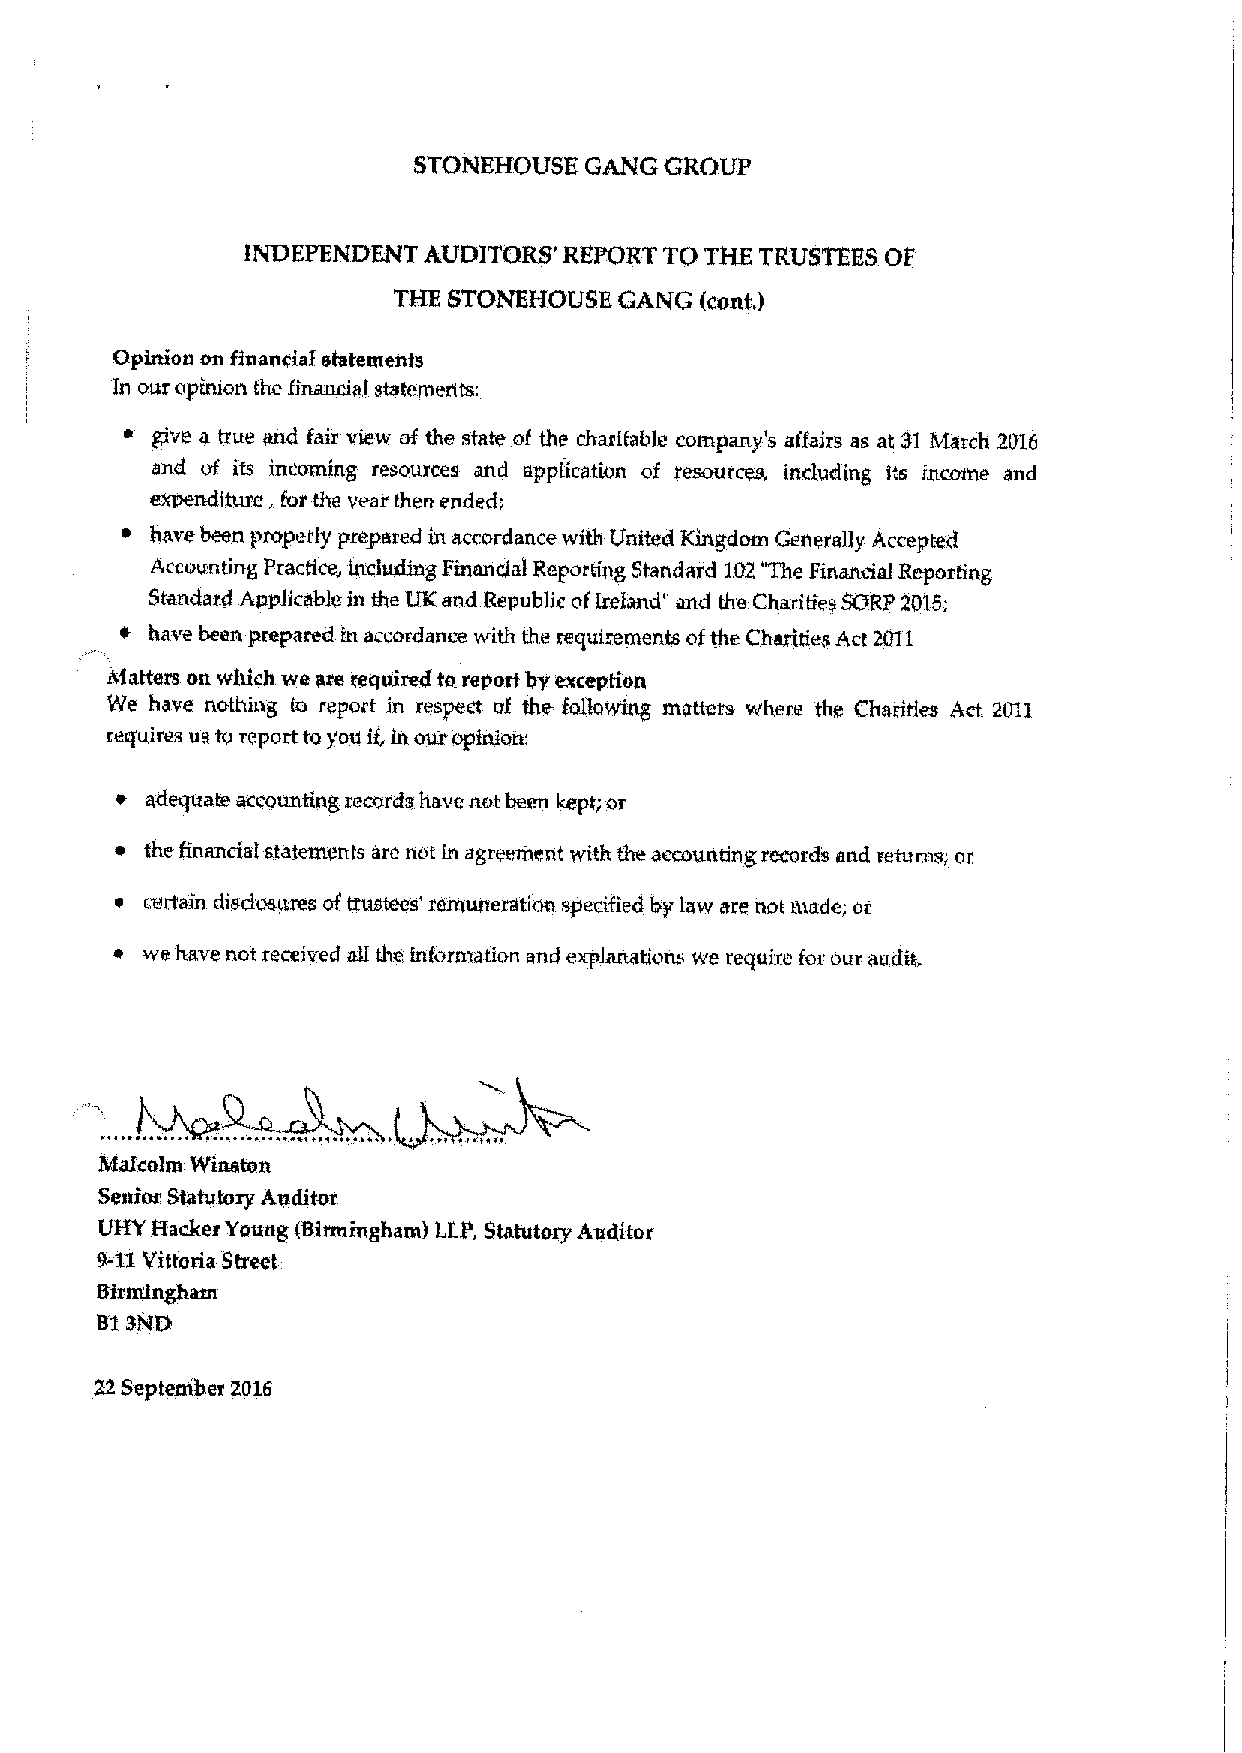
STONEHOUSE  GANG CROUP
 INDEPENDENT AUDITORS' REPORT TO THE TRUSTEES OP
 THE STONEHOUSE GANG (cont,)
 Opinion on f1uancial statenxents
 In our opinion the financial statemenbu
 give a true and fait view of the state oi the charitable company's affairs as at SI March 2016
 and of, its incwning resouxces and application of resoux'ces, including its Incotne and
 expenditure, for the veer then ended;
 have been propet ly prepared in accordance with United Kingdom General)y Accepted
 Accounting Practice„ including Finance) Reporth&g Standard 102The Finaneial Reporting
 Standard Applicable hx the UK and Republic ofIreland" and the Chanties SORP 2015;
 have been prepared m accordance with the requirements ofthe Charities Act 201I
 Afatters on which we are rextuired to report by exceptfon
 We have nothing to report in respect of the following matters w'here the Charities Act 2011
 requires us to report toyou if,ln our opinion;
 ~ adequate accounting xecords have not been kept; or
 the financial statements are not ln agreement with the accounting recxxxds and retunxs, or
 ~ cextain disdxutures oftrustees' xexnunexation specified by law are not suade; or
 we have not received all the information and explanations ere xequh'e for our audit,
 IWaIcolxn Winston
 Senior Statutory Auditor
 UIIY Backer Young (Birxnfngham) LLP, Statutory Auditor
 9-11Vittoria Street
 Birmingham
 B1SND
 22September 2016